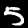
Label: 5